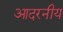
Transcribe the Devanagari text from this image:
आदरनीय